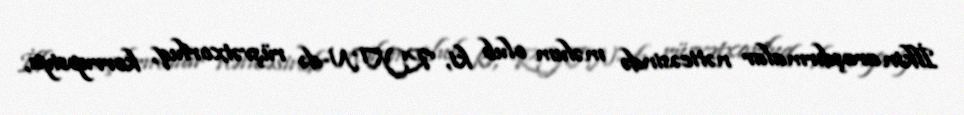
İlkin araşdırmalar nəticəsində məlum olub ki, RYTN-də rüşvətxorluq, korrupsiya,